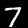
Digit: 7